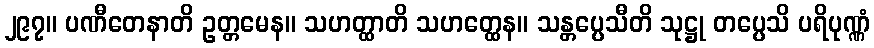
၂၉၇။ ပဏီတေနာတိ ဥတ္တမေန။ သဟတ္ထာတိ သဟတ္ထေန။ သန္တပ္ပေသီတိ သုဋ္ဌု တပ္ပေသိ ပရိပုဏ္ဏံ